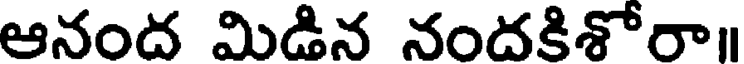
ఆనంద మిడిన నందకిశోరా॥